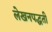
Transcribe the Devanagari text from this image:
लेखनपद्धती